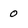
Character: 0